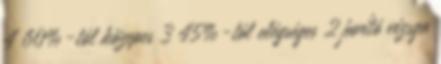
4 60%-tól közepes 3 45%-tól elégséges 2 javító vizsga